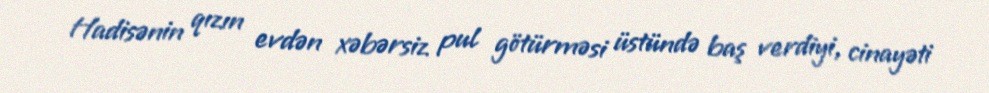
Hadisənin qızın evdən xəbərsiz pul götürməsi üstündə baş verdiyi, cinayəti